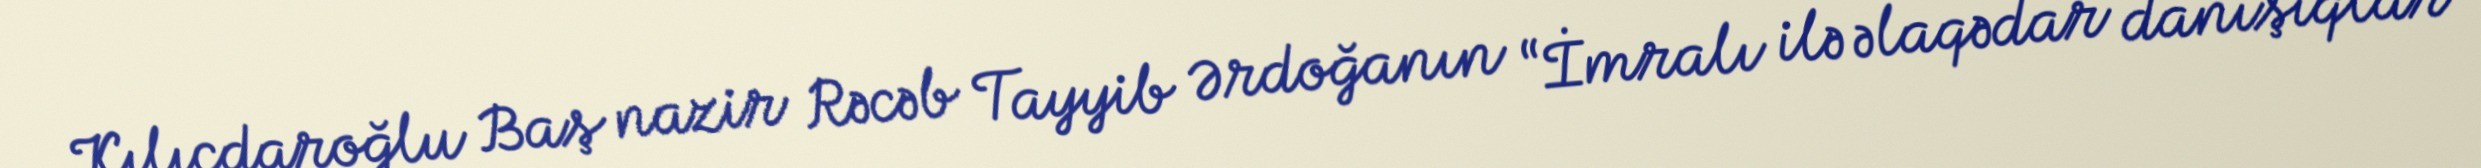
Kılıçdaroğlu Baş nazir Rəcəb Tayyib Ərdoğanın “İmralı ilə əlaqədar danışıqlar